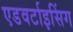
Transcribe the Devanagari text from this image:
एडवर्टाइसिंग